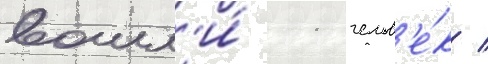
вошл'и́ 11 челов'е́к /